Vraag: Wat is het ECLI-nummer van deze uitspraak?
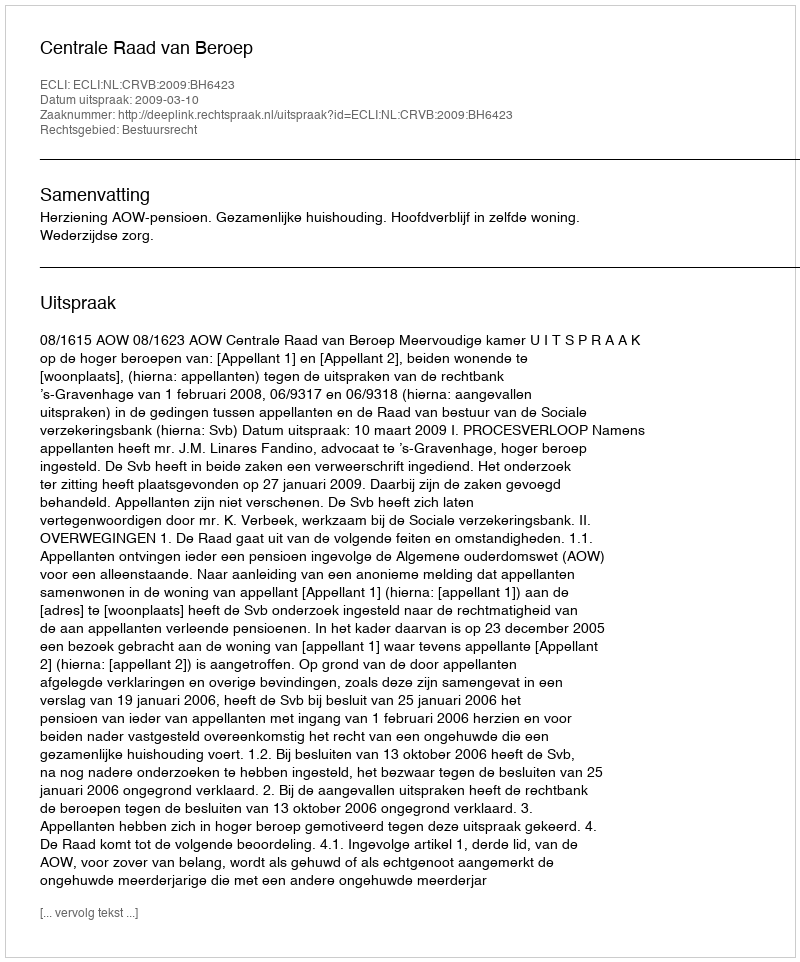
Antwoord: ECLI:NL:CRVB:2009:BH6423